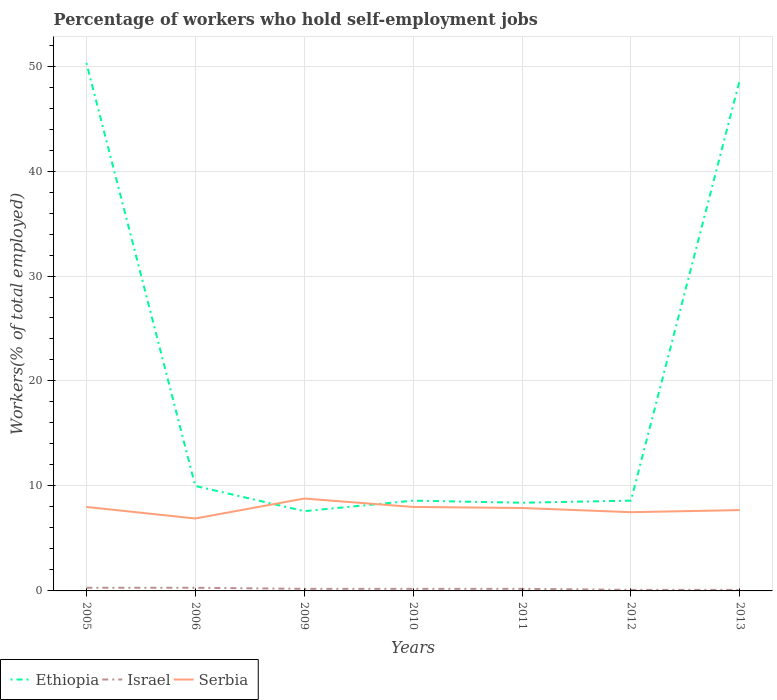
| Years | Ethiopia | Israel | Serbia |
 | --- | --- | --- | --- |
 | 2005 | 50.3 | 0.3 | 8 |
 | 2006 | 10 | 0.3 | 6.9 |
 | 2009 | 7.6 | 0.2 | 8.8 |
 | 2010 | 8.6 | 0.2 | 8 |
 | 2011 | 8.4 | 0.2 | 7.9 |
 | 2012 | 8.6 | 0.1 | 7.5 |
 | 2013 | 48.7 | 0.1 | 7.7 |